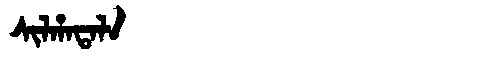
Manchu: ᠰᡳᠯᡥᠠᡨᠠᠯᠠ
Romanization: SILHATALA